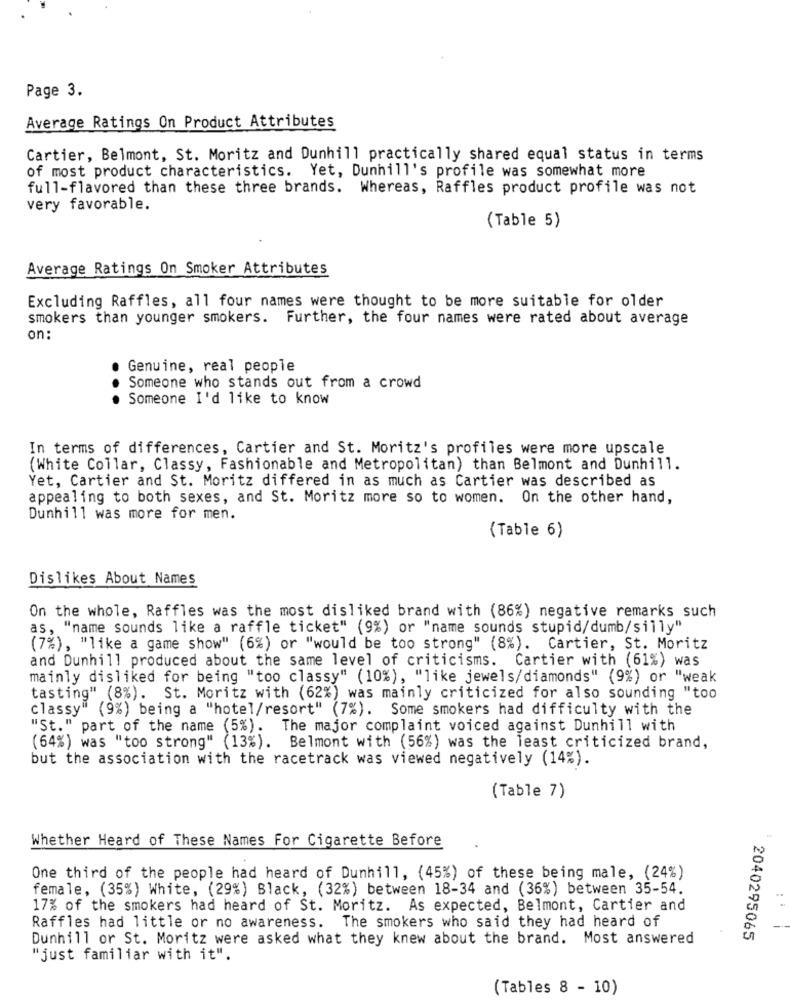
Page 3.
Average Ratings On Product Attributes
Cartier, Belmont, St. Moritz and Dunhill practically shared equal status in terms
of most product characteristics. Yet, Dunhill's profile was somewhat more
full-flavored than these three brands. Whereas, Raffles product profile was not
very favorable.
(Table 5)
Average Ratings On Smoker Attributes
Excluding Raffles, all four names were thought to be more suitable for older
smokers than younger smokers. Further, the four names were rated about average
on:
Genuine, real people
Someone who stands out from a crowd
Someone I'd like to know
In terms of differences, Cartier and St. Moritz's profiles were more upscale
(White Collar, Classy, Fashionable and Metropolitan) than Belmont and Dunhill.
Yet, Cartier and St. Moritz differed in as much as Cartier was described as
appealing to both sexes, and St. Moritz more so to women. On the other hand,
Dunhill was more for men.
(Table 6)
Dislikes About Names
On the whole, Raffles was the most disliked brand with (86%) negative remarks such
as, "name sounds like a raffle ticket" (9%) or "name sounds stupid/dumb/silly"
(7%), "like a game show" (6%) or "would be too strong" (8%). Cartier, St. Moritz
and Dunhill produced about the same level of criticisms. Cartier with (61%) was
mainly disliked for being "too classy" (10%), "like jewels/diamonds" (9%) or "weak
tasting" (8%). St. Moritz with (62%) was mainly criticized for also sounding "too
classy" (9%) being a "hotel/resort" (7%). Some smokers had difficulty with the
"St." part of the name (5%). The major complaint voiced against Dunhill with
(64%) was "too strong" (13%). Belmont with (56%) was the least criticized brand,
but the association with the racetrack was viewed negatively (14%).
(Table 7)
Whether Heard of These Names For Cigarette Before
One third of the people had heard of Dunhill, (45%) of these being male, (24%)
female, (35%) White, (29%) Black, (32%) between 18-34 and (36%) between 35-54.
17% of the smokers had heard of St. Moritz. As expected, Belmont, Cartier and
Raffles had little or no awareness. The smokers who said they had heard of
Dunhill or St. Moritz were asked what they knew about the brand. Most answered
2040295065
"just familiar with it".
(Tables 8 - 10)